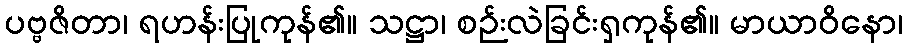
ပဗ္ဗဇိတာ၊ ရဟန်းပြုကုန်၏။ သဋ္ဌာ၊ စဉ်းလဲခြင်းရှကုန်၏။ မာယာဝိနော၊